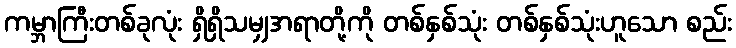
ကမ္ဘာကြီးတစ်ခုလုံး ရှိရှိသမျှအရာတို့ကို တစ်နှစ်သုံး တစ်နှစ်သုံးဟူသော စည်း